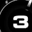
Digit: 3